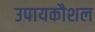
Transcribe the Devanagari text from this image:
उपायकौशल